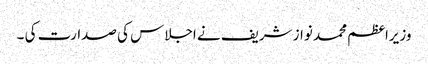
وزیراعظم محمد نواز شریف نے اجلاس کی صدارت کی ۔